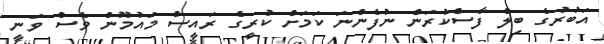
އަބުރުގެ ބިލް ފާސްކުރަން ނުފެންނަ ކަމަށް ކުރީގެ ރައީސް މައުމޫން ވެސް ވަނީ